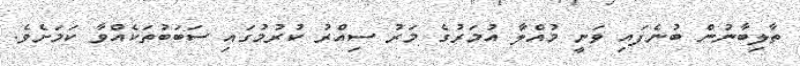
ތާލިބާނުން ބުނެފައި ވަނީ މުއްލާ އުމަރުގެ މަރުު ސިއްރު ކުރުމުގައި ސަބަބުތަކެއްވާ ކަމަށެވެ.